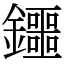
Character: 鑩